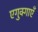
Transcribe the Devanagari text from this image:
एगुक्गाएँ